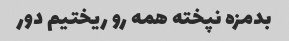
بدمزه نپخته همه رو ریختیم دور